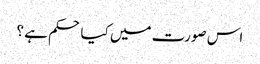
اس صورت میں کیا حکم ہے ؟